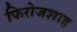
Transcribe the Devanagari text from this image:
फिरोजशाह